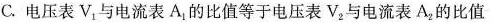
C.电压表V_{1}与电流表A_{1}的比值等于电压表V_{2}与电流表A_{2}的比值